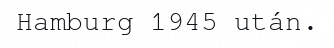
Hamburg 1945 után.